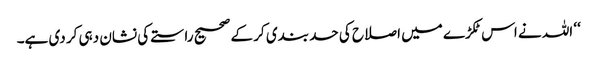
‘‘ اللہ نے اس ٹکڑے میں اصلاح کی حد بندی کر کے صحیح راستے کی نشان دہی کر دی ہے۔